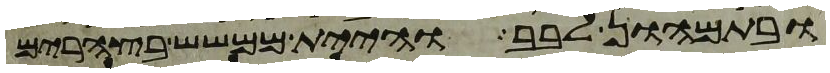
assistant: ובתמהון לבב והיית ממשש בצהרים